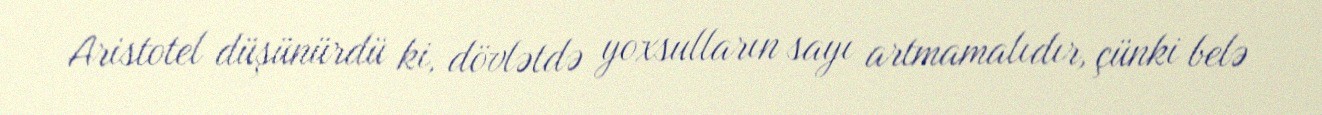
Aristotel düşünürdü ki, dövlətdə yoxsulların sayı artmamalıdır, çünki belə